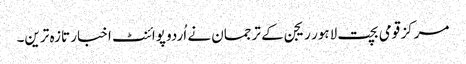
مرکز قومی بچت لاہور ریجن کے ترجمان نے اُردو پوائنٹ اخبار تازہ ترین۔